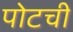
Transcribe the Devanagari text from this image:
पोटची